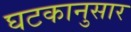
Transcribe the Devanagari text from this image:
घटकानुसार